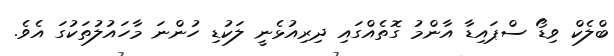
ބްލެކް ވިޑޯ ސްޕައިޑާ އާންމު ގޮތެއްގައި ދިރިއުޅެނީ ލަކުޑި ހުންނަ މާހައުލުތަކުގަ އެވެ.